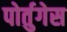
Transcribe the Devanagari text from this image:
पोर्तुगेस